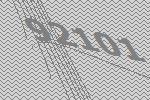
92101